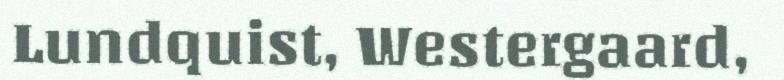
Lundquist, Westergaard,